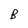
Character: B